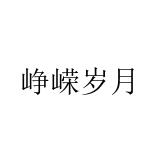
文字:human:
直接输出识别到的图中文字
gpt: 峥嵘岁月